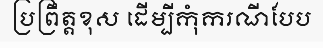
ប្រព្រឹត្តខុស ដើម្បីកុំករណីបែប